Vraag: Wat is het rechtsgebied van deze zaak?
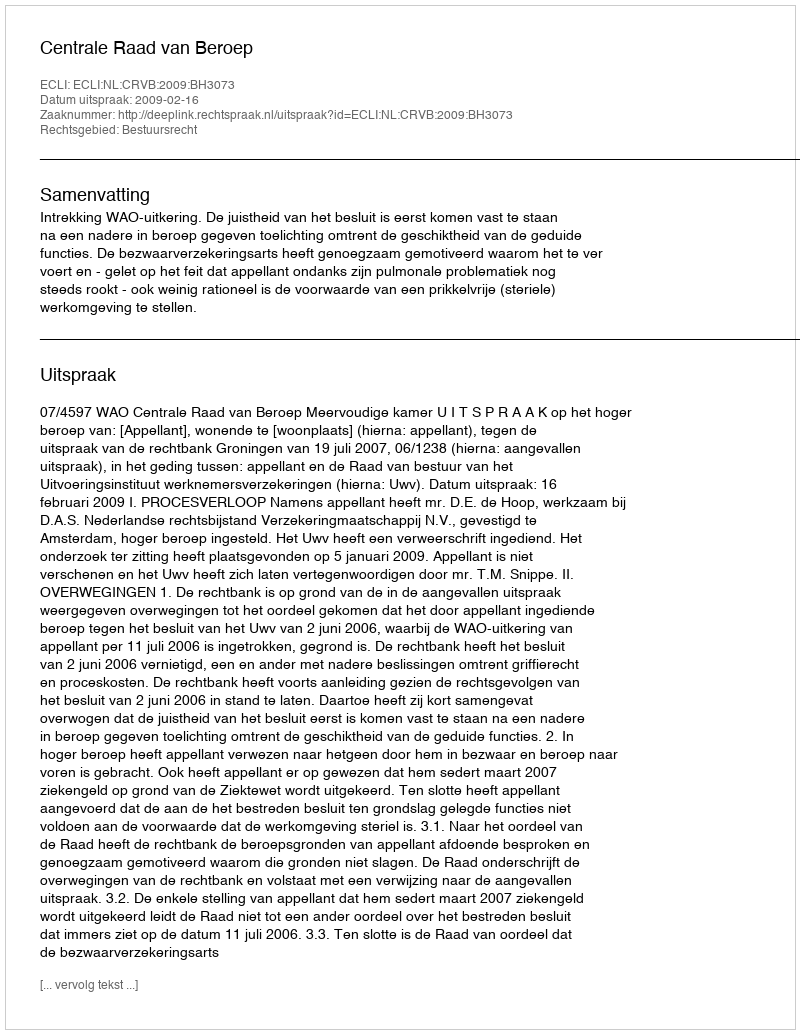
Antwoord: Bestuursrecht